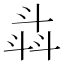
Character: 𣁾